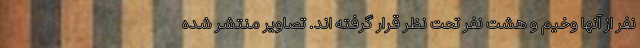
نفر از آنها وخیم و هشت نفر تحت نظر قرار گرفته اند. تصاویر منتشر شده